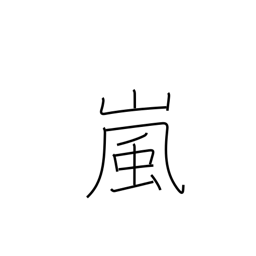
Meaning: storm